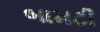
બામટી